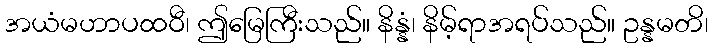
အယံမဟာပထဝီ၊ ဤမြေကြီးသည်။ နိန္နံ၊ နိမ့်ရာအရပ်သည်။ ဥန္နမတိ၊